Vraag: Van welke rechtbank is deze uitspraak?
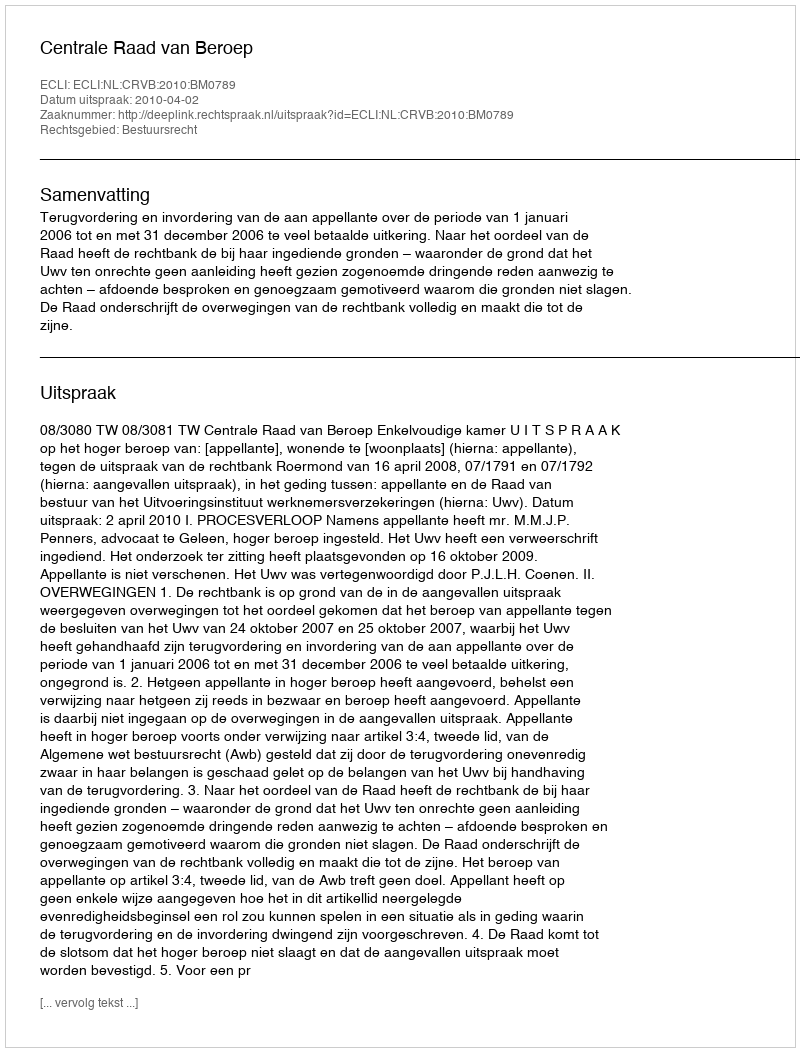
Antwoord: Centrale Raad van Beroep